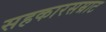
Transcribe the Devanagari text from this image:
सहकारसम्राट